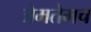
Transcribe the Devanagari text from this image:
जेमतेमच